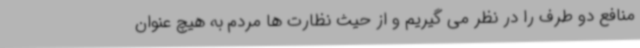
منافع دو طرف را در نظر می گیریم و از حیث نظارت ها مردم به هیچ عنوان